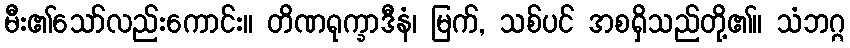
မီး၏သော်လည်းကောင်း။ တိဏရုက္ခာဒီနံ၊ မြက်, သစ်ပင် အစရှိသည်တို့၏။ သံဘဂ္ဂ